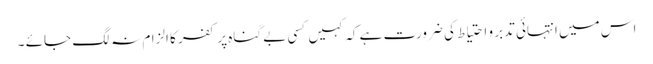
اس میں انتہائی تدبر و احتیاط کی ضرورت ہے کہ کہیں کسی بے گناہ پر کفر کا الزام نہ لگ جائے ۔